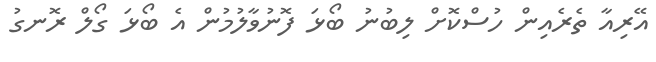
އޭރިއާ ތެރެއިން ހުސްކޮށް ލިބުނު ބޯޅަ ފޮނުވާލުމުން އެ ބޯޅަ ގޯލް ރޮނގު